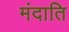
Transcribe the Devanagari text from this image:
मंदाति